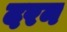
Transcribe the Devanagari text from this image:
दरन